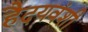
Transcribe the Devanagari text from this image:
हैदयवंशी